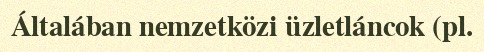
Általában nemzetközi üzletláncok (pl.